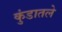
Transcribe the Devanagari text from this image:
कुंडातले